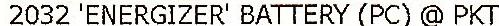
2032 'ENERGIZER' BATTERY (PC) @ PKT